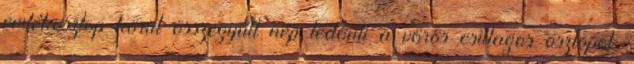
emlékoszlop körül összegyűlt nép ledönti a vörös csillagos oszlopot.